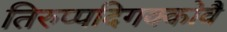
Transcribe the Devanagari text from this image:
तिरुप्पदिगक्कोवै